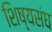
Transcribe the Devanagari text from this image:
शिष्यसंघ